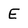
Character: E